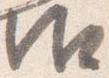
御